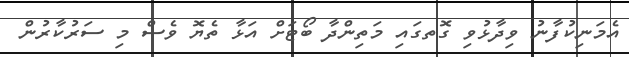
އެމަނިކުފާނު ވިދާޅުވި ގޮތގައި މަތިންދާ ބޯޓަށް އަޅާ ތެޔޮ ވެސް މި ސަރުކާރުން